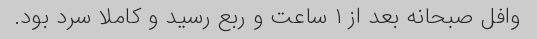
وافل صبحانه بعد از ۱ ساعت و ربع رسید و کاملا سرد بود.